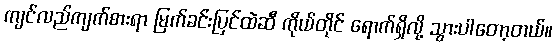
ကျင်လည်ကျက်စားရာ မြက်ခင်းပြင်ထဲဆီ ကိုယ်တိုင် ရောက်ရှိလို့ သွားပါတော့တယ်။